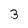
Character: 3